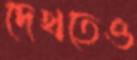
দেখতেও